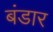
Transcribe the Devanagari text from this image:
बंडार